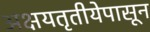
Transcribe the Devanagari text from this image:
अक्षयतृतीयेपासून